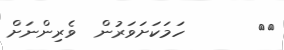
٣٤       ހަމަކަށަވަރުން  ވެރިންނަށް